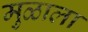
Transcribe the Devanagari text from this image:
मुळाला